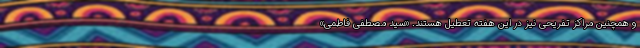
و همچنین مراکز تفریحی نیز در این هفته تعطیل هستند. «سید مصطفی فاطمی»